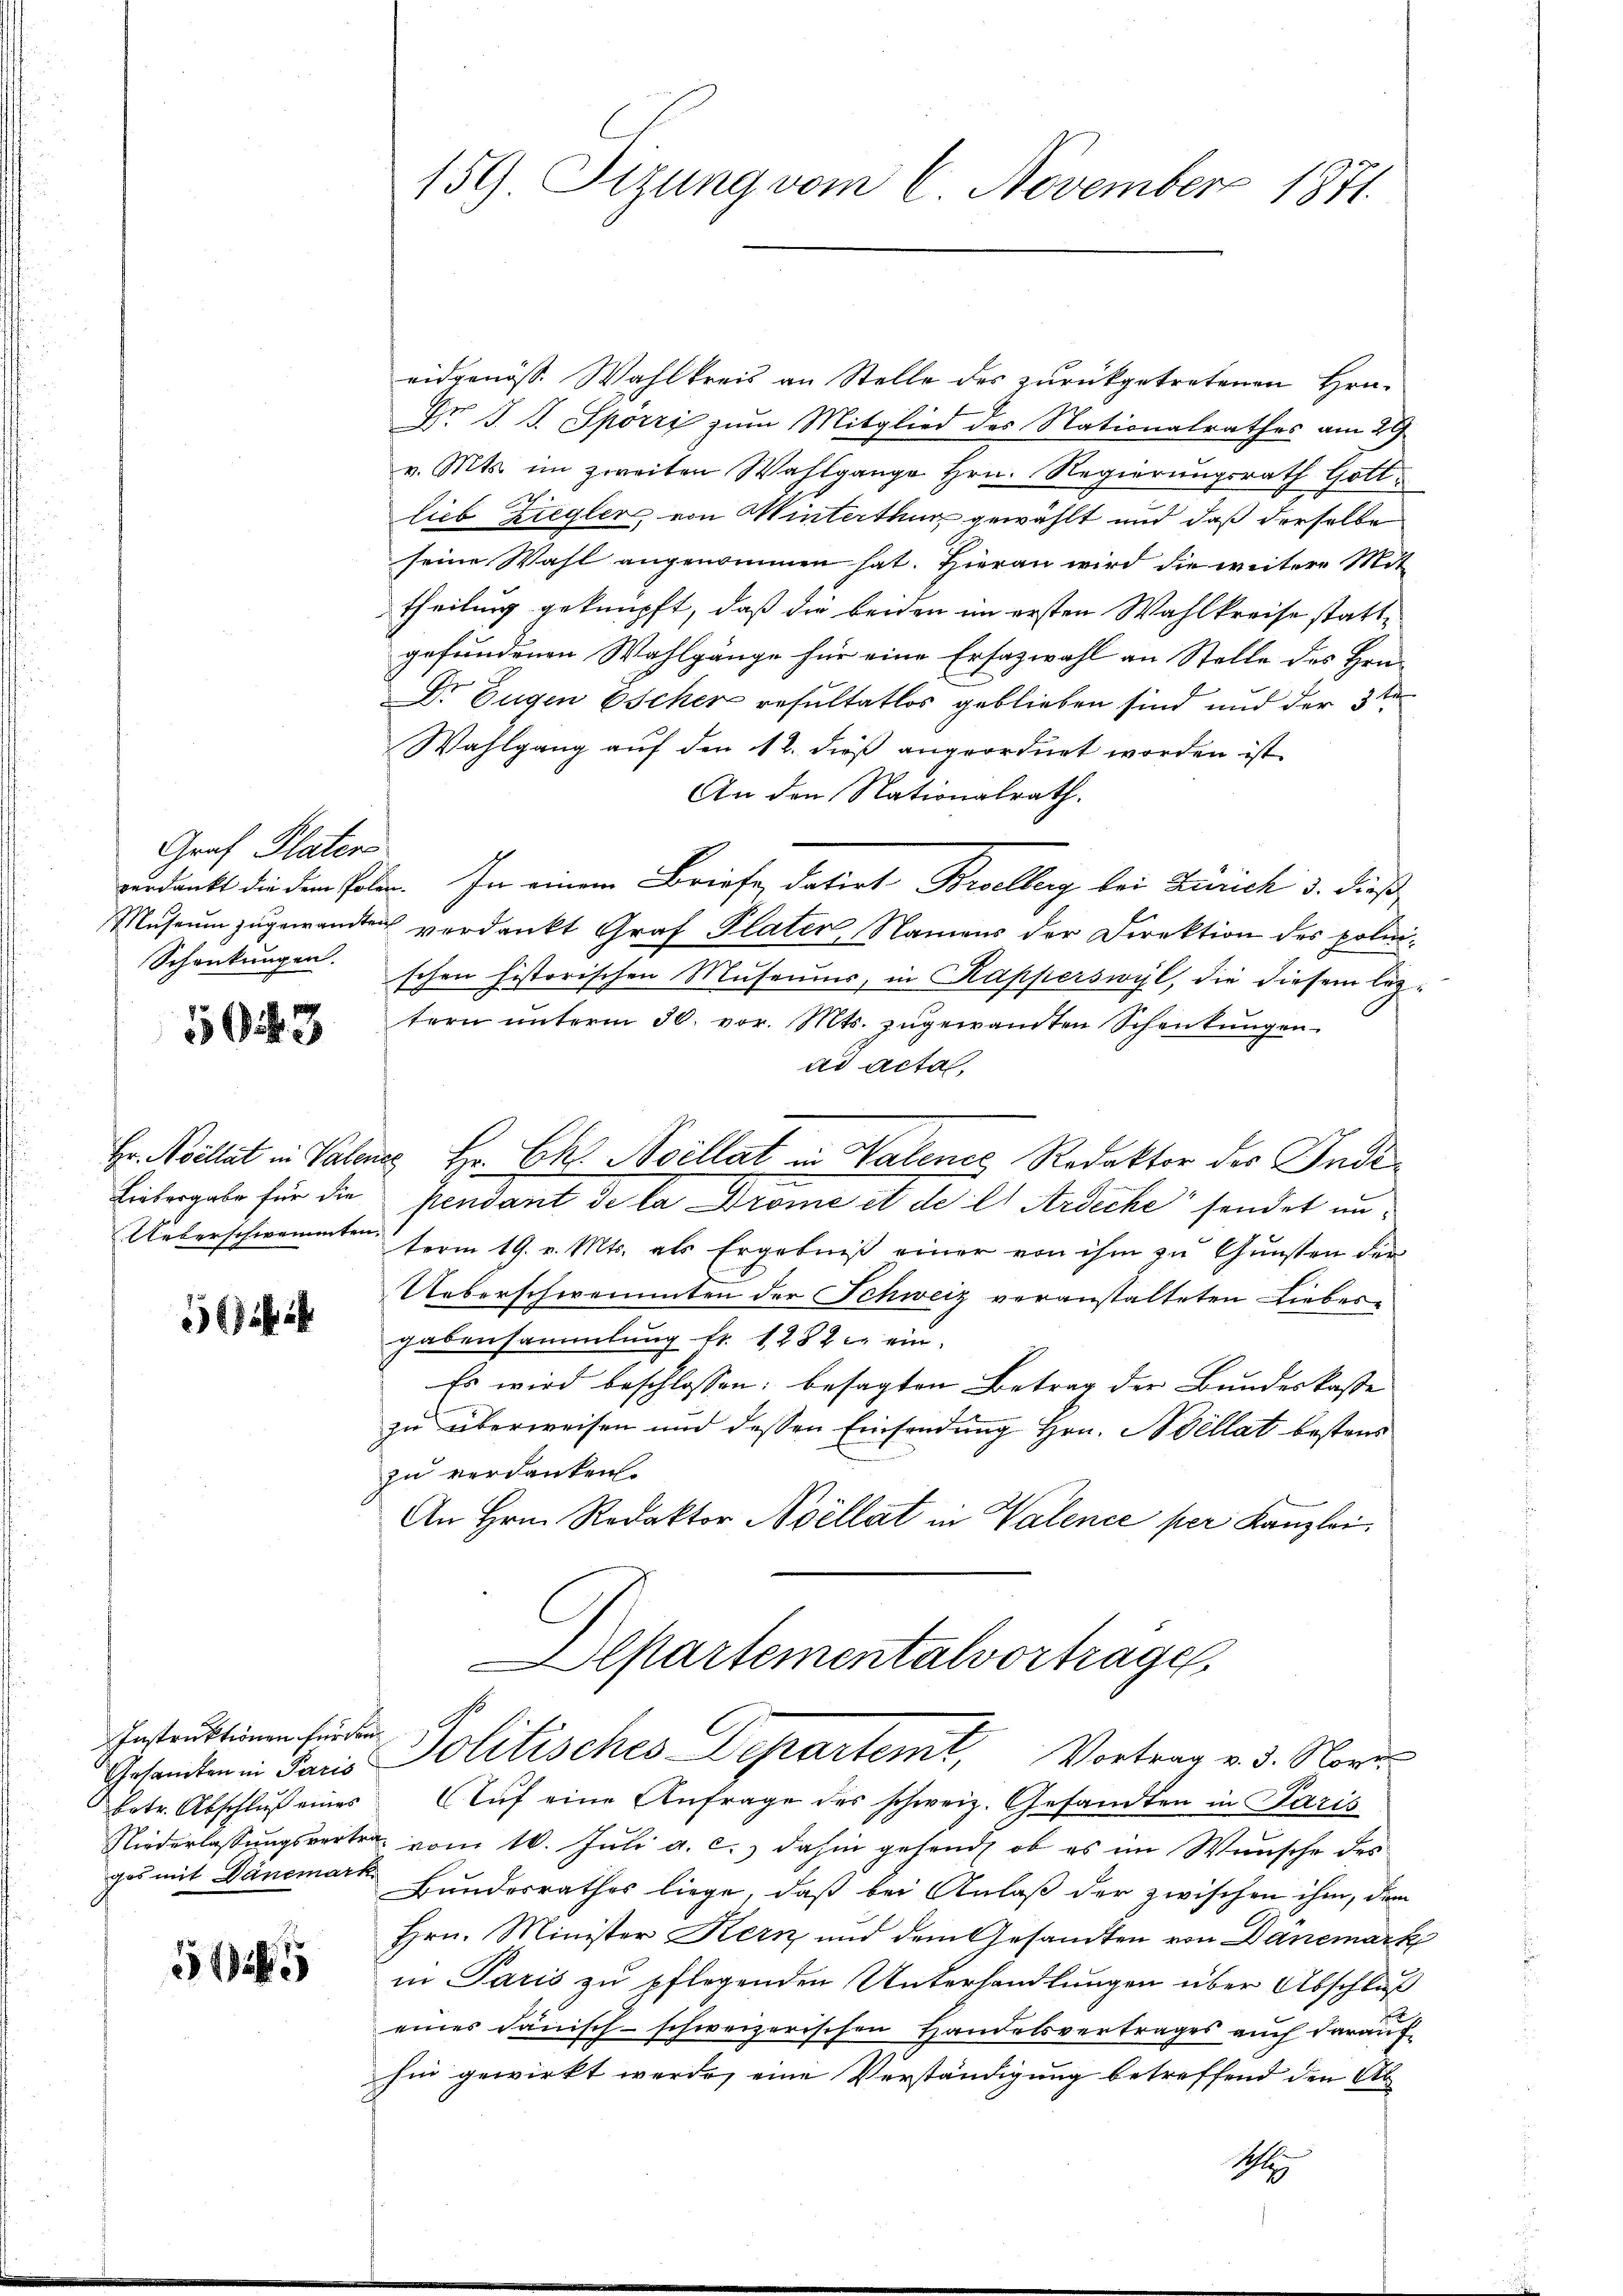
Graf Platen
Schenkungen.

1563

561

Instruktionen für den
ges mit Danemark

5

eidgenöss. Wahlkreis an Stelle des zurückgetretenen Hrn.
Dr. J. J. Spörri zum Mitglied des Nationalrathes am 29
v. Mts. im zweiten Wahlgange Hrn. Regierungsrath Gott
lieb Ziegler, von Winterthur gewählt und daß derselbe
seine Wahl angenommen hat. Hieran wird die weitere Mit-
theilung geknüpft, daß die beiden im ersten Wahlkreise stattgefundenen Wahlgänge für eine Ersazwahl an Stelle des Hrn.
Dr Eugen Escher resultatlos geblieben sind und der 3ten
Wahlgang auf den 12. dieß angeordnet worden ist.
An den Nationalrath.
verdankt die dem Polen. In einem Briefe, datirt Borellerg bei Zürich 3. dieß¬
Museum zugewandten verdankt Graf Plater Namens der Direktion des polnischen historischen Museums, in Kapperswyl, die diesem leztern ŭnterm 30. vor. Mts. zugewandten Schenkungen
ad acta,
Hr. Meillat in Valanes Hr. Ch. Avillat in Valenes, Redaktor des Inde¬
Liebergabe für die pendant de la Drome et de l' Ardecke sendet un¬
Ueberschwammten ferm 19. v. Mts. als Ergebniß einer von ihm zu Gunsten der
Ueberschwemmten der Schweiz veranstalteten Liebesgabensammlung fr. 1282 c. ein
Es wird beschlossen: besagten Betrag der Bundeskaste
zu überweisen und dessen Einsendung Hrn. Bellat bestendzu verdanken.
An Hrn. Redaktor Ncellat in Valence per Kanzlei
Departementalvortrage
Gesandten in Paris Politisches Departemt, Vortrag v. 3. Nori
betr. Abschluß eines Aŭf eine Anfrage des schweiz. Gesandten in Paris
Niederlassŭngsvertrag vom 10. Jŭli a. c.) dahin gehend ob es im Wünsche des
Bundesrathes liege, daß bei Anlaß der zwischen ihm, dem
Hrn. Minister Kern und dem Gesandten von Danemark
in Paris zu pflegenden Unterhandlungen über Abschluß
Pr
eines Janisch-schweizerischen Handelsvertrages auch darauf
hin gewirkt werde, eine Verständigung betreffend den Ab

159 Sizung vom 6. November 1871.